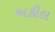
અકીલ